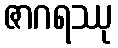
ဇာဂရဿု